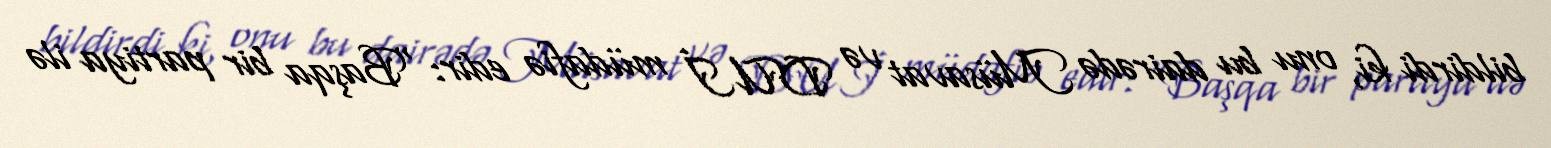
bildirdi ki, onu bu dairədə Müsavat və DUİ müdafiə edir: “Başqa bir partiya ilə